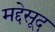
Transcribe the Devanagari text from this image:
मद्देसूद